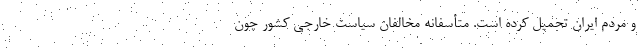
و مردم ایران تحمیل کرده است. متأسفانه مخالفان سیاست خارجی کشور چون